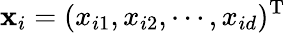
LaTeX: \mathbf{x}_{i}=(x_{i1},x_{i2},\cdots,x_{id})^{\mathrm{T}}